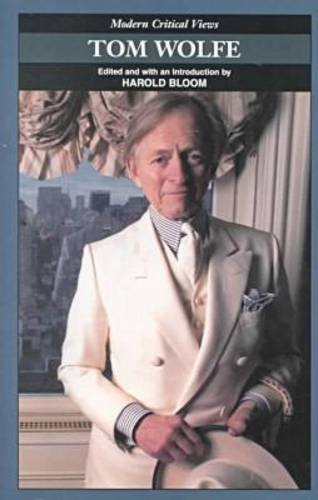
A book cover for Tom Wolfe (Bloom's Modern Critical Views); Teen & Young Adult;